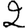
Digit: 2